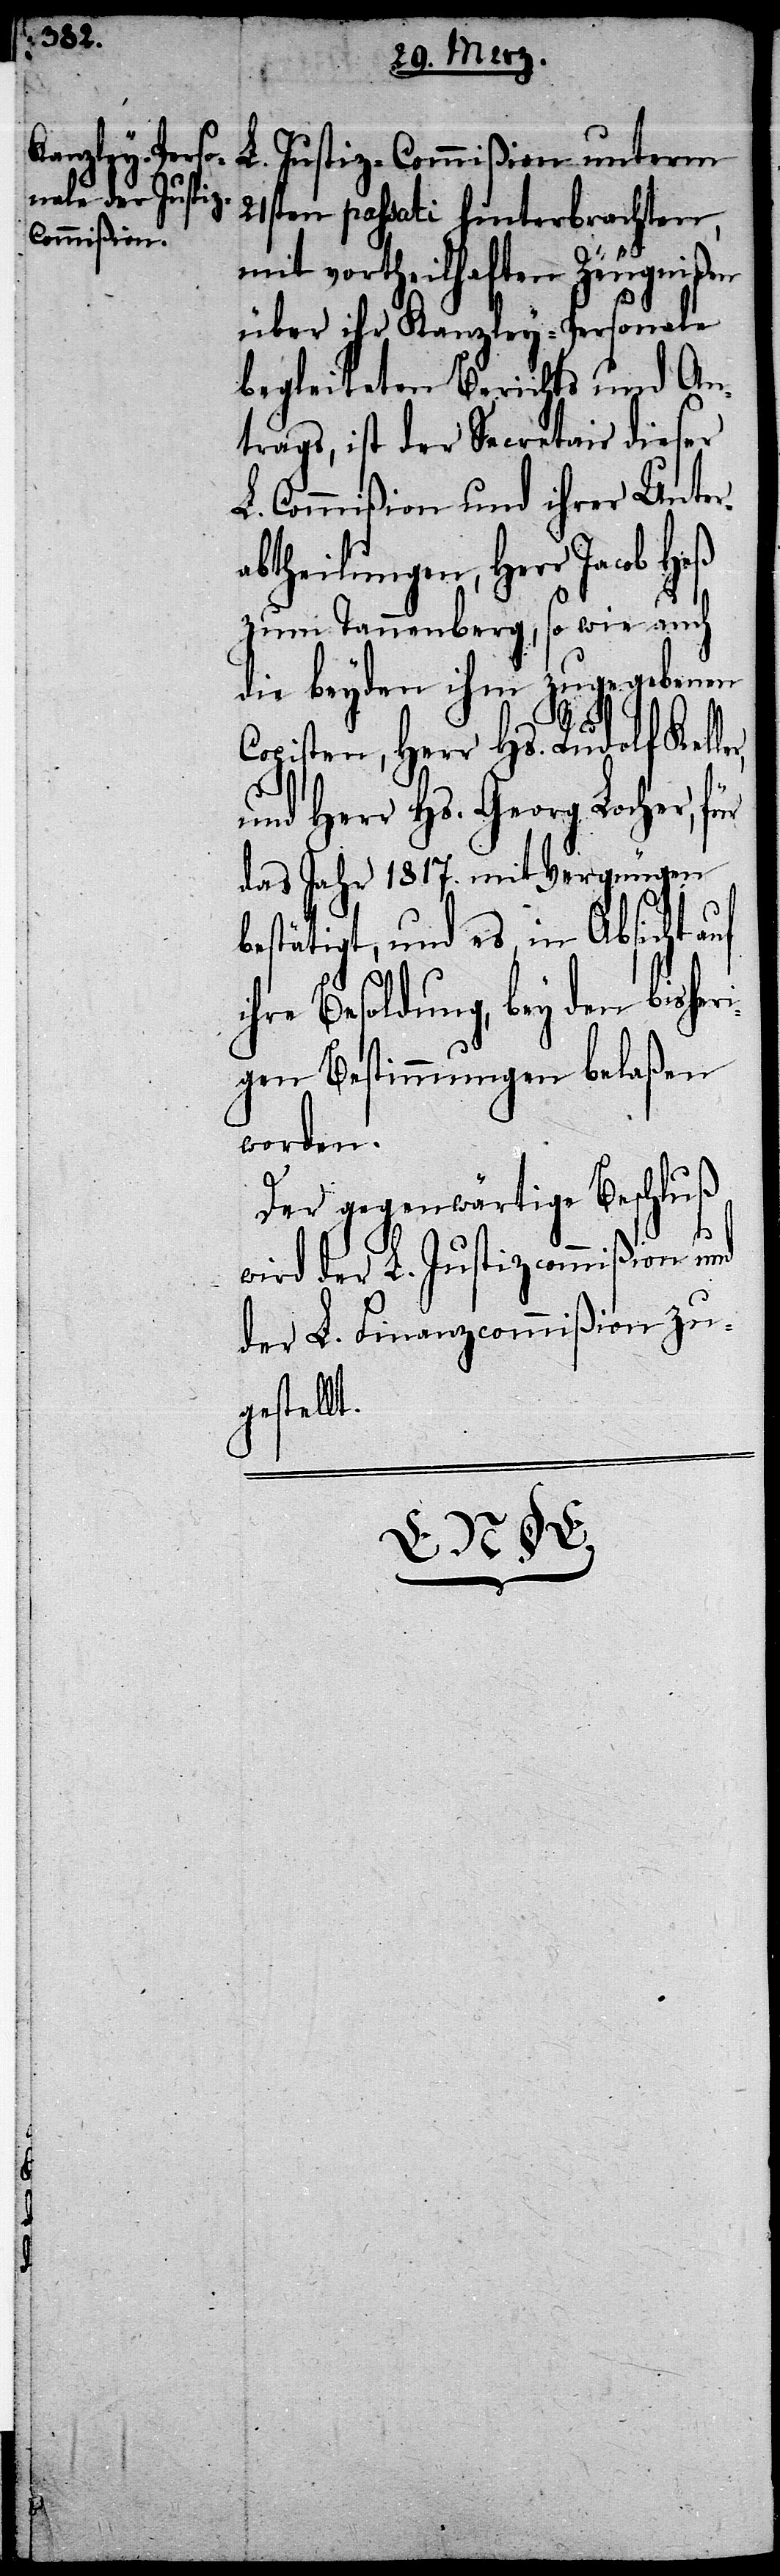
er,
Justiz-Commißion unterm
21sten passati hinterbrachten,
mit vortheilhaften Zeugnißen
über ihr Kanzley-Personale
begleiteten Berichts und An¬
trags, ist der Secretair dieser
L. Commißion und ihrer Unter¬
abtheilungen, Herr Jacob Heß
zum Tannenberg, so wie auch
die beyden ihm zugegebenen
Copisten, Herr Hs. Rudolf Kell¬
und Herr Hs. Georg Locher, für
das Jahr 1817. mit Vergnügen
bestätigt, und es, in Absicht auf
Besoldung, bey den bisher¬
igen Bestimmungen belaßen
worden.
Der gegenwärtige Beschluß
wird der L. Justizcommißion und
ion zu¬
der L. Finanzcommiß¬
gestellt.